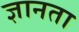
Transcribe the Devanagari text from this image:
ज्ञानता